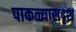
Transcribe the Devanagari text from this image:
पाकळ्यासदृश